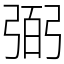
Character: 弼